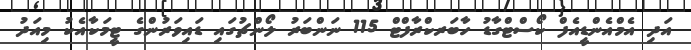
އަދި އެމްއެންޑީއެފް ކޯސްޓްގާޑު ހާބަރކްރާފްޓް 115 ނަންބަރު ލޯންޗުގައި ޑައިވަރުންގެ ޓީމަކާއެކު މިއަދު